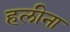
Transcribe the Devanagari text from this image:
हलीना